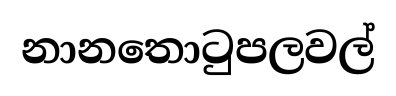
නානතොටුපලවල්